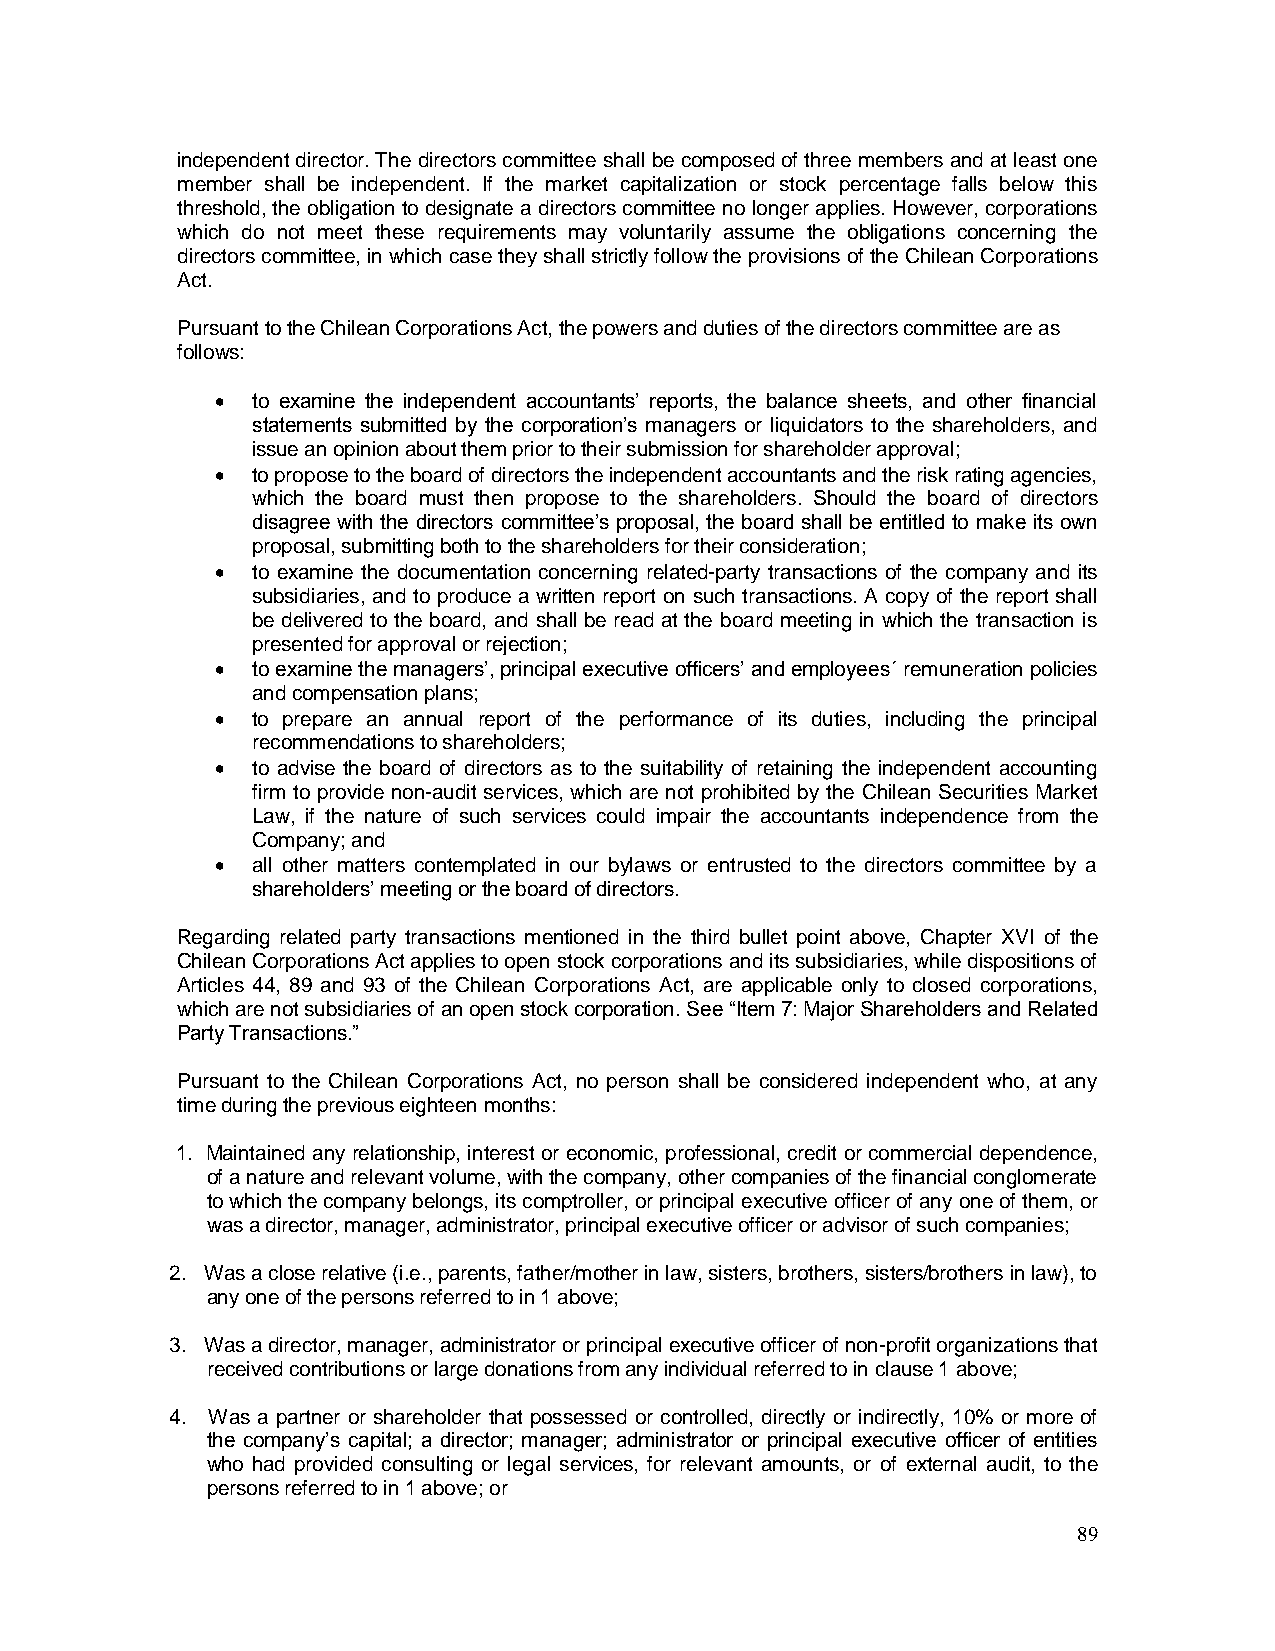
independent director. The directors committee shall be composed of three members and at least one
 member shall be independent. If the market capitalization or stock percentage falls below this
 threshold, the obligation to designate a directors committee no longer applies. However, corporations
 which do not meet these requirements may voluntarily assume the obligations concerning the
 directors committee, in which case they shall strictly follow the provisions of the Chilean Corporations
 Act.
 Pursuant to the Chilean Corporations Act, the powers and duties of the directors committee are as
 follows:
   to examine the independent accountants’ reports, the balance sheets, and other financial
 statements submitted by the corporation’s managers or liquidators to the shareholders, and
 issue an opinion about them prior to their submission for shareholder approval;
   to propose to the board of directors the independent accountants and the risk rating agencies,
 which the board must then propose to the shareholders. Should the board of directors
 disagree with the directors committee’s proposal, the board shall be entitled to make its own
 proposal, submitting both to the shareholders for their consideration;
   to examine the documentation concerning related-party transactions of the company and its
 subsidiaries, and to produce a written report on such transactions. A copy of the report shall
 be delivered to the board, and shall be read at the board meeting in which the transaction is
 presented for approval or rejection;
   to examine the managers’, principal executive officers’ and employees´ remuneration policies
 and compensation plans;
   to prepare an annual report of the performance of its duties, including the principal
 recommendations to shareholders;
   to advise the board of directors as to the suitability of retaining the independent accounting
 firm to provide non-audit services, which are not prohibited by the Chilean Securities Market
 Law, if the nature of such services could impair the accountants independence from the
 Company; and
   all other matters contemplated in our bylaws or entrusted to the directors committee by a
 shareholders’ meeting or the board of directors.
 Regarding related party transactions mentioned in the third bullet point above, Chapter XVI of the
 Chilean Corporations Act applies to open stock corporations and its subsidiaries, while dispositions of
 Articles 44, 89 and 93 of the Chilean Corporations Act, are applicable only to closed corporations,
 which are not subsidiaries of an open stock corporation. See “Item 7: Major Shareholders and Related
 Party Transactions.”
 Pursuant to the Chilean Corporations Act, no person shall be considered independent who, at any
 time during the previous eighteen months:
 1. Maintained any relationship, interest or economic, professional, credit or commercial dependence,
 of a nature and relevant volume, with the company, other companies of the financial conglomerate
 to which the company belongs, its comptroller, or principal executive officer of any one of them, or
 was a director, manager, administrator, principal executive officer or advisor of such companies;
 2. Was a close relative (i.e., parents, father/mother in law, sisters, brothers, sisters/brothers in law), to
 any one of the persons referred to in 1 above;
 3. Was a director, manager, administrator or principal executive officer of non-profit organizations that
 received contributions or large donations from any individual referred to in clause 1 above;
 4. Was a partner or shareholder that possessed or controlled, directly or indirectly, 10% or more of
 the company’s capital; a director; manager; administrator or principal executive officer of entities
 who had provided consulting or legal services, for relevant amounts, or of external audit, to the
 persons referred to in 1 above; or
 89